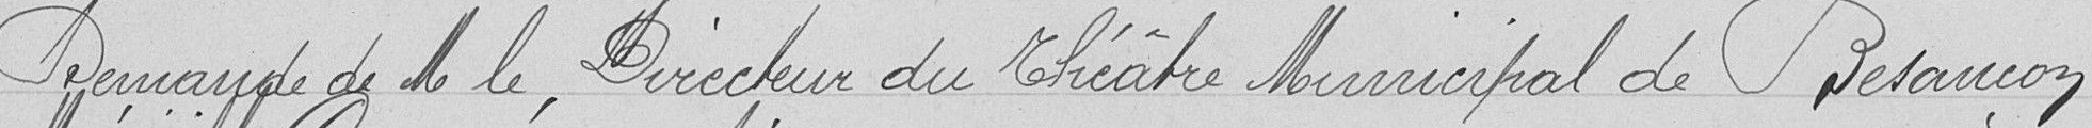
Demande de Monsieur le Directeur du Théâtre Municipal de Besançon